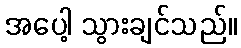
အပေါ့ သွားချင်သည်။